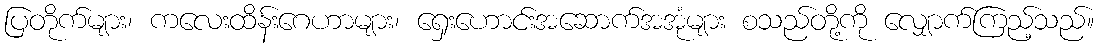
ပြတိုက်များ၊ ကလေးထိန်းဂေဟာများ၊ ရှေးဟောင်းအဆောက်အအုံများ စသည်တို့ကို လျှောက်ကြည့်သည်။